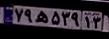
۷۹ه۵۳۹۱۳